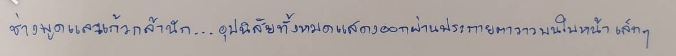
ช่างพูดและแก้วกล้านัก...อุปนิสัยทั้งหมดแสดงออกผ่านประกายตาวาวบนใบหน้าเล็กๆ